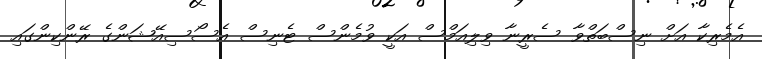
އެމެރިކާ އަށް ނިސްބަތްވާ ސެރީނާ ވިލިއަމްސް އަކީ ވުމެންސް ޓެނިސް އެސޯސިއޭޝަންގެ ރޭންކިންގައި